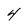
Character: 4